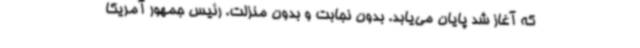
که آغاز شد پایان می‌یابد. بدون نجابت و بدون منزلت. رئیس جمهور آمریکا